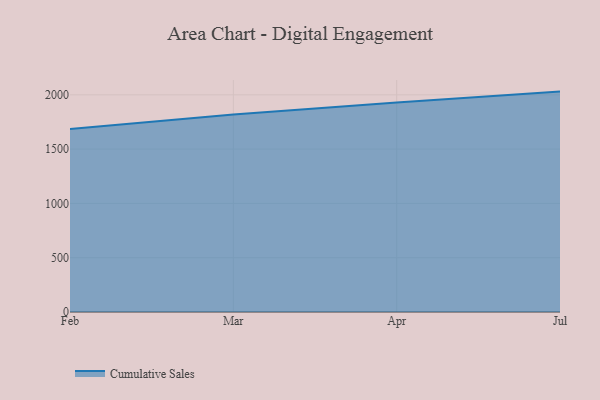
{"axis": {"x": "Month", "y": "Population (Million)"}, "legend": ["Cumulative Sales"], "data": [{"x": "Feb", "y": 1685.0, "type": "Cumulative Sales"}, {"x": "Mar", "y": 1817.7, "type": "Cumulative Sales"}, {"x": "Apr", "y": 1928.4, "type": "Cumulative Sales"}, {"x": "Jul", "y": 2029.7, "type": "Cumulative Sales"}]}